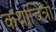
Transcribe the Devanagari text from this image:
कथाचित्रों